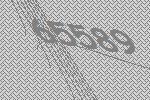
65589